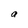
Character: a